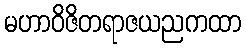
မဟာဝိဇိတရာဇယညကထာ